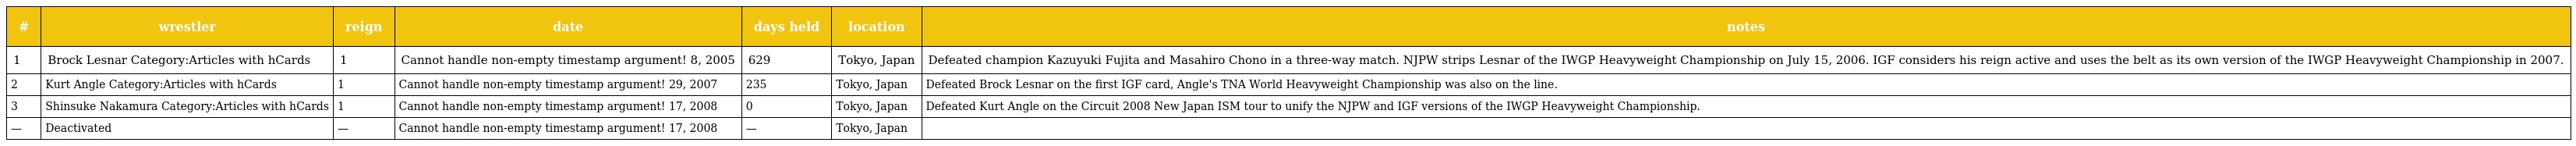
| # | wrestler | reign | date | days held | location | notes |
 | --- | --- | --- | --- | --- | --- | --- |
 | 1 | Brock Lesnar Category:Articles with hCards | 1 | Cannot handle non-empty timestamp argument! 8, 2005 | 629 | Tokyo, Japan | Defeated champion Kazuyuki Fujita and Masahiro Chono in a three-way match. NJPW strips Lesnar of the IWGP Heavyweight Championship on July 15, 2006. IGF considers his reign active and uses the belt as its own version of the IWGP Heavyweight Championship in 2007. |
 | 2 | Kurt Angle Category:Articles with hCards | 1 | Cannot handle non-empty timestamp argument! 29, 2007 | 235 | Tokyo, Japan | Defeated Brock Lesnar on the first IGF card, Angle's TNA World Heavyweight Championship was also on the line. |
 | 3 | Shinsuke Nakamura Category:Articles with hCards | 1 | Cannot handle non-empty timestamp argument! 17, 2008 | 0 | Tokyo, Japan | Defeated Kurt Angle on the Circuit 2008 New Japan ISM tour to unify the NJPW and IGF versions of the IWGP Heavyweight Championship. |
 | — | Deactivated | — | Cannot handle non-empty timestamp argument! 17, 2008 | — | Tokyo, Japan |  |